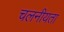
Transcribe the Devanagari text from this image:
चलनीयता